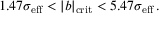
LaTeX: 1 . 4 7 \sigma _ { \mathrm { e f f } } < \vert b \vert _ { \mathrm { c r i t } } < 5 . 4 7 \sigma _ { \mathrm { e f f } } \, .